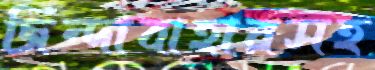
জিন্দাবাহারসহ